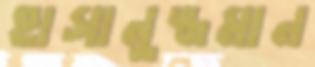
হাসানুজ্জমান